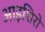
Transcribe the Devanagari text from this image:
आइशिरो